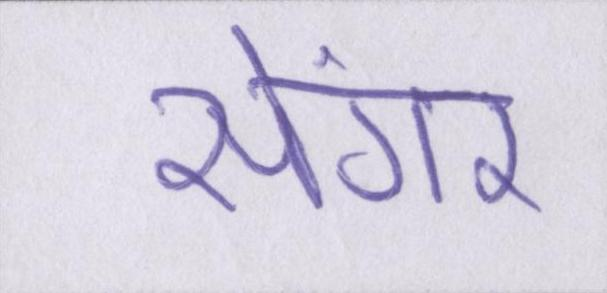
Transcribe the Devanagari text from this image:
सेंगर